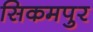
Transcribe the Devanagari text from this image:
सिकमपुर